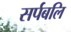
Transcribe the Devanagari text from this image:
सर्पबलि